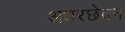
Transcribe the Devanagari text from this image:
अधरछेदन